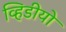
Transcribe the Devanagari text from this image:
व्हिडीयो